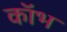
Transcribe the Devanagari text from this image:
कॉभ